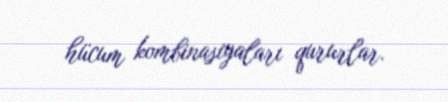
hücum kombinasiyaları qururlar.